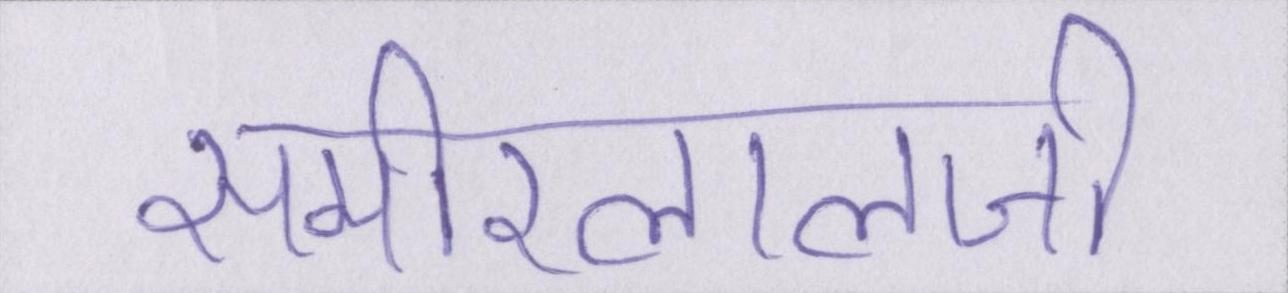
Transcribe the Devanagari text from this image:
समीरलालजी